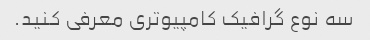
سه نوع گرافیک کامپیوتری معرفی کنید.